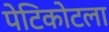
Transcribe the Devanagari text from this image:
पेटिकोटला